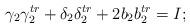
LaTeX: \begin{align*}\gamma_2\gamma_2^{tr}+\delta_2\delta_2^{tr}+2b_2b_2^{tr}=I;\end{align*}